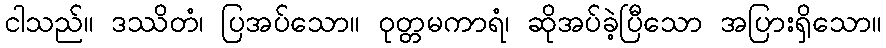
ငါသည်။ ဒဿိတံ၊ ပြအပ်သော။ ဝုတ္တမကာရံ၊ ဆိုအပ်ခဲ့ပြီသော အပြားရှိသော။